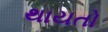
થાયતો